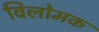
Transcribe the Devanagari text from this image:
विलोमक